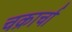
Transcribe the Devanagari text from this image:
चक्रार्चा